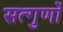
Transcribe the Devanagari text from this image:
सत्गुणों